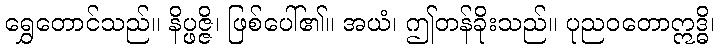
ရွှေတောင်သည်။ နိပ္ဖဇ္ဇိ၊ ဖြစ်ပေါ်၏။ အယံ၊ ဤတန်ခိုးသည်။ ပုညဝတောဣဒ္ဓိ၊